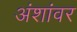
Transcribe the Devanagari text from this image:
अंशांवर